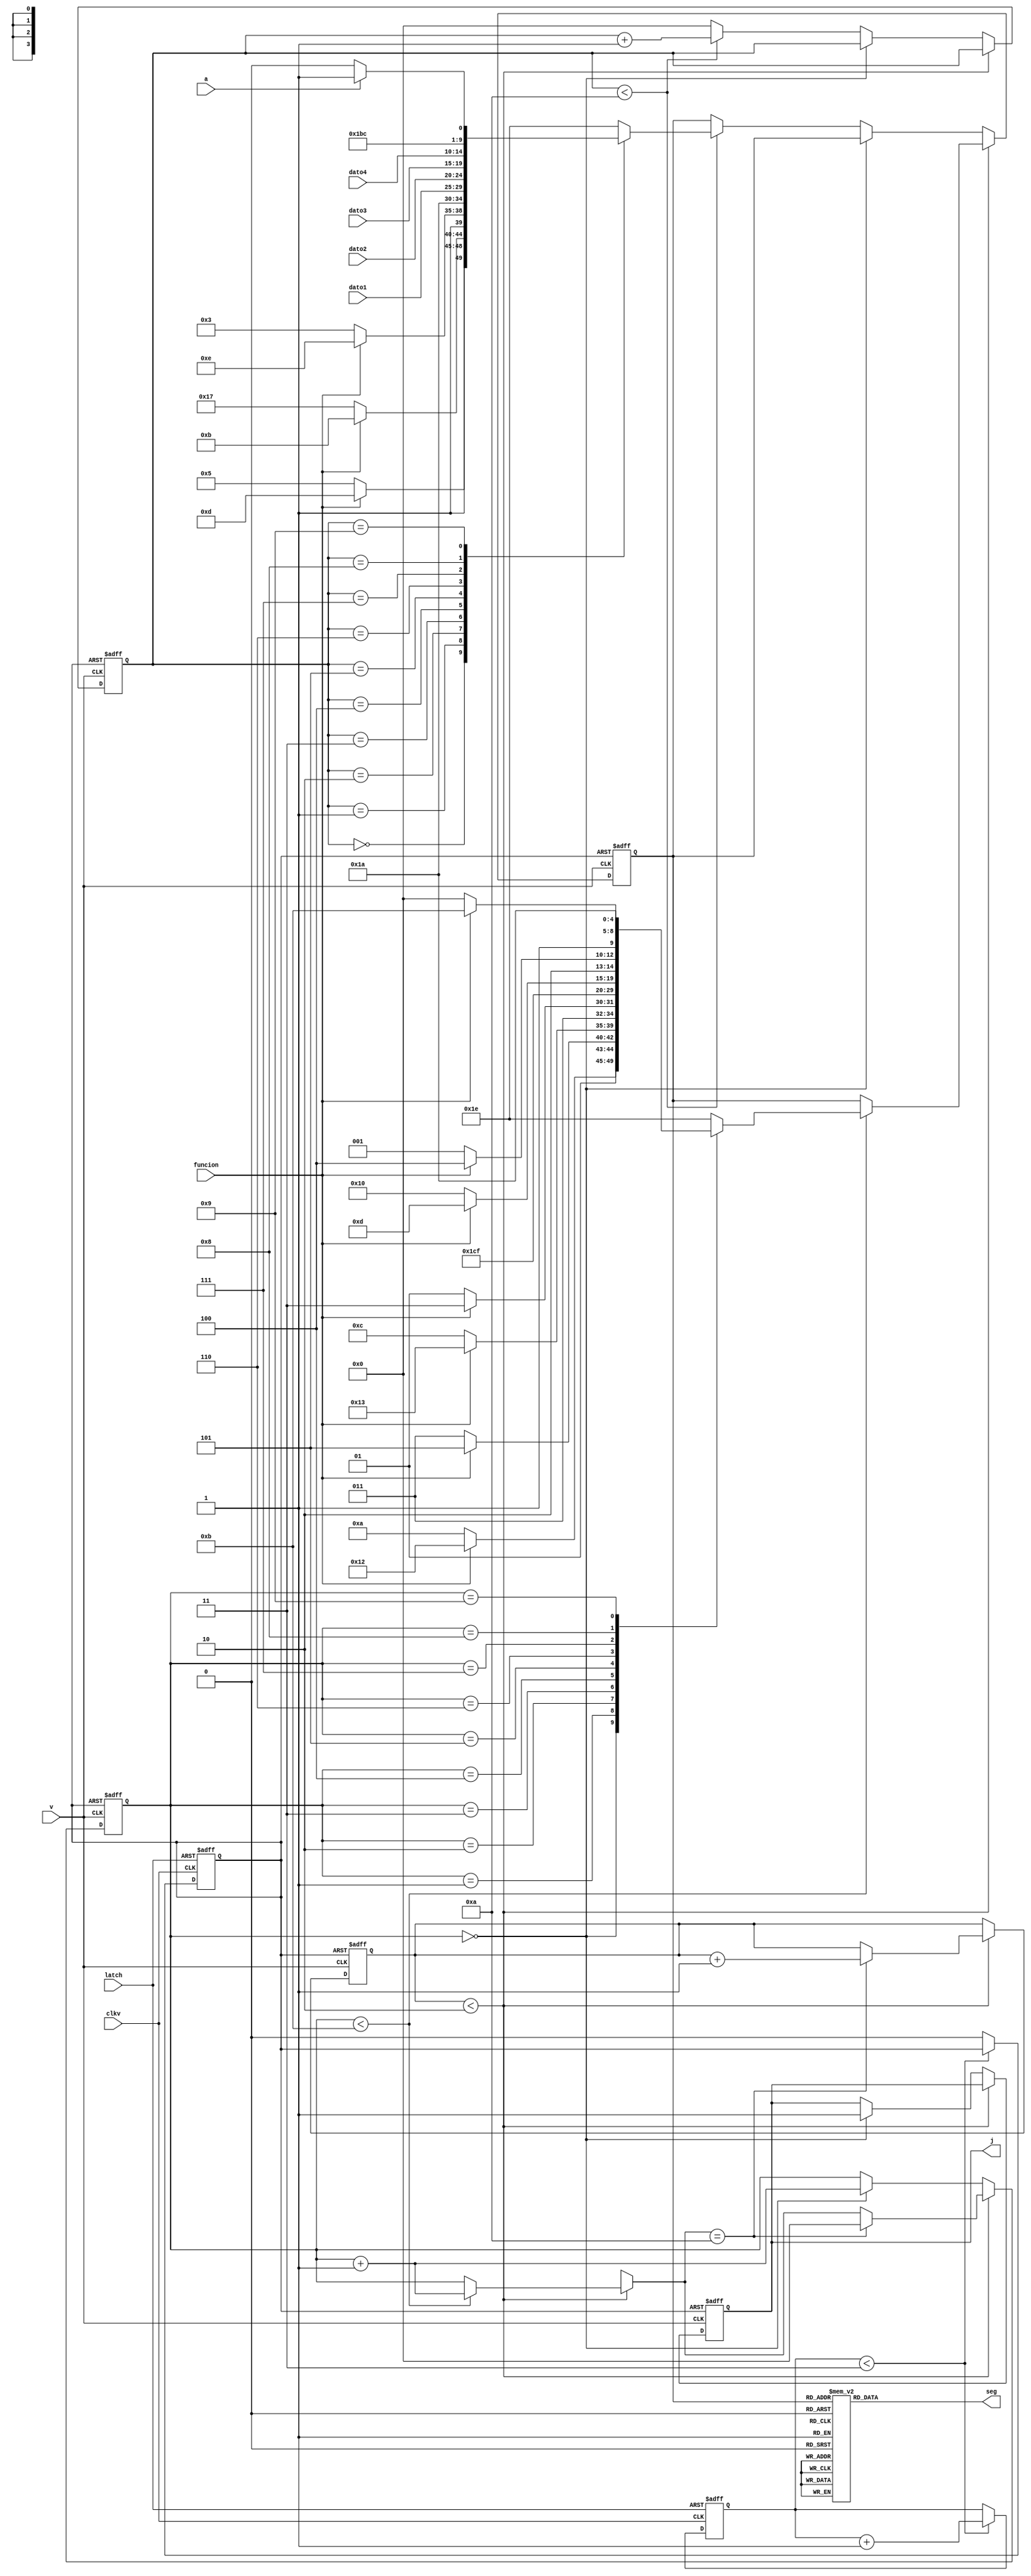
`timescale 1ns / 1ps
module mux(clkv,latch,funcion,a,v,dato1,dato2,dato3,dato4,seg,j);
    input clkv,v,a,funcion,latch;
    input [4:0]dato1,dato2,dato3,dato4;
    output reg [7:0] seg;
	 output reg j;
	 
	 reg [3:0]cont, control, control2;
	 reg [4:0]in;
	 reg r;
	 reg [1:0]contr;
	 

initial begin
contr<=2'd3;
r<=0;
j<=0;
cont<=0;
control<=0;
control2<=0;
in<=0;
seg<=8'b00000000;
end


always @(posedge latch, posedge clkv)
if (latch)begin
	contr<=2'd0;
	r<=1;
end else
	if(contr<2'd3)
		contr<=contr+1;
	else
		r<=0;

always @(posedge v, posedge r)
if(r)begin
	j=0;
	cont=4'd0;
	control=0;
	control2=0;
	in=0;
end else
	if(control2<4'd2)begin
		if(cont<4'd11)begin
			case(cont)
				4'd0: begin
					if(funcion)
						in=5'd18;//P
					else
						in=5'd10;//V
				end
				4'd1: begin
					if(funcion)
						in=5'd13;//o
					else
						in=5'd11;//e
				end
				4'd2: begin
					if(funcion)
						in=5'd19;//s
					else
						in=5'd12;//l
				end
				4'd3: begin
					if(funcion)
						in=5'd15;//i
					else
						in=5'd13;//o
				end
				4'd4: begin
					if(funcion)
						in=5'd14;//c
					else
						in=5'd14;//c
				end
				4'd5: begin
					if(funcion)//i
						in=5'd15;
					else
						in=5'd15;//i
				end
				4'd6: begin
					if(funcion)//o
						in=5'd13;
					else
						in=5'd16;//d
				end
				4'd7: begin
					if(funcion)//n
						in=5'd20;
					else
						in=5'd17;//a
				end
				4'd8: begin
					if(funcion)//n
						in=5'd27;
					else
						in=5'd16;//d
				end
				4'd9: in=5'd26;
				default:in=5'd30;
			endcase
			cont=cont+1;
		end
		if(cont==4'd10)begin
				cont=0;
				control2=control2+1;
			end
	end else
		if (cont==4'd0)begin
					cont=cont+1;
					j=1;
				end else
				  if(control<4'd10)begin
					case(control)
						4'd0: begin
							if(funcion)
								in=5'd29;//D
							else
								in=5'd21;//r
						end
						
						4'd1: begin
							if(funcion)
								in=5'd11;//e
							else
								in=5'd23;//p
						end
						
						4'd2: begin
							if(funcion)
								in=5'd30;//g
							else
								in=5'd19;//s
						end
						
						4'd3:  begin
							if(funcion)
								in=5'd26;//:
							else
								in=5'd26;//:
						end
						
						4'd4: in=dato1;
						4'd5: in=dato2;
						4'd6: in=dato3;
						4'd7: in=dato4;
						4'd8: in=5'd27;
						4'd9: begin
							if(a)
								in=5'd25;//der
							else
								in=5'd24;//izq
						end
						default: in=5'd30;	
					endcase
					control=control+1;
				 end else
					control=0;
	


always @(in)
	case(in)
		5'd0: seg=8'b00110000;
		5'd1: seg=8'b00110001;
		5'd2: seg=8'b00110010;
		5'd3: seg=8'b00110011;
		5'd4: seg=8'b00110100;
		5'd5: seg=8'b00110101;
		5'd6: seg=8'b00110110;
		5'd7: seg=8'b00110111;
		5'd8: seg=8'b00111000;
		5'd9: seg=8'b00111001;
		5'd10: seg=8'b01010110;//V
		5'd11: seg=8'b01100101;//e
		5'd12: seg=8'b01101100;//l
		5'd13: seg=8'b01101111;//o
		5'd14: seg=8'b01100011;//c
		5'd15: seg=8'b01101001;//i
		5'd16: seg=8'b01100100;//d
		5'd17: seg=8'b01100001;//a
		5'd18: seg=8'b01010000;//P
		5'd19: seg=8'b01110011;//s
		5'd20: seg=8'b01101110;//n
		5'd21: seg=8'b01110010;//r
		5'd22: seg=8'b01101101;//m
		5'd23: seg=8'b01110000;//p
		5'd24: seg=8'b01111110;//izq
		5'd25: seg=8'b01111111;//der
		5'd26: seg=8'b00111010;//:
		5'd27: seg=8'b11111110;//blanco
		5'd28: seg=8'b00101100;//,
		5'd29: seg=8'b01000100;//D
		5'd30: seg=8'b01100111;//g
		5'd31: seg=8'b11011111;//
		default: seg=8'b00000000;
	endcase
endmodule